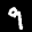
Label: 9